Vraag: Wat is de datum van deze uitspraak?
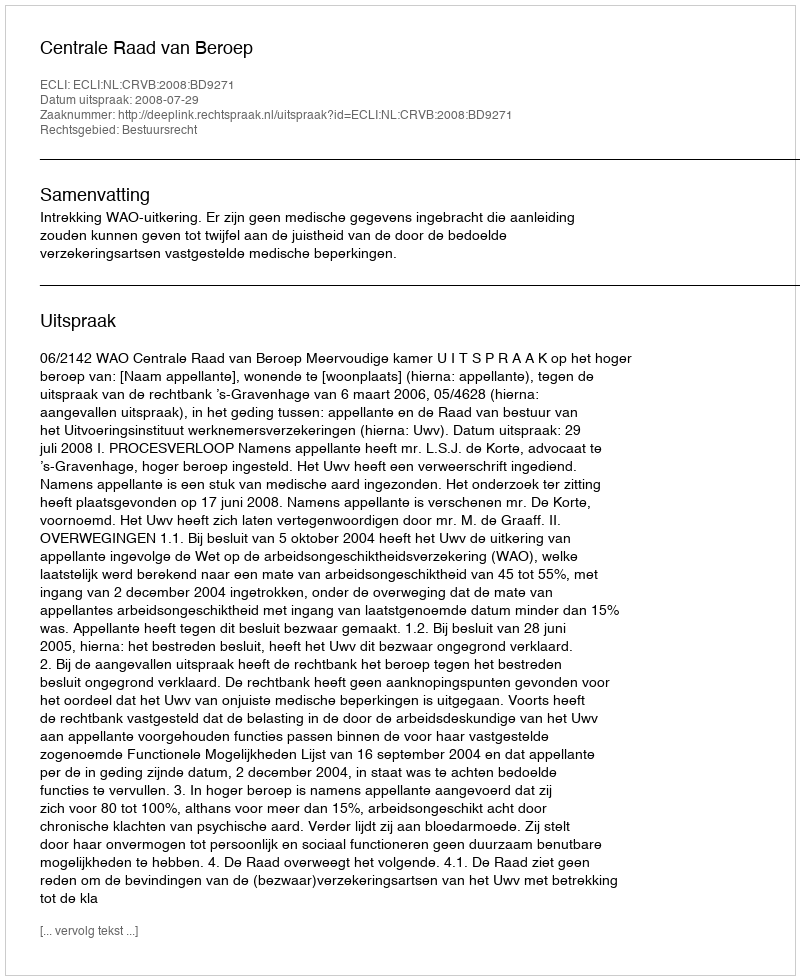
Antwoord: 2008-07-29